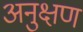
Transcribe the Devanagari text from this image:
अनुक्षण